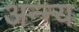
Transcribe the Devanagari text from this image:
अन्न्य